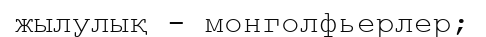
жылулық - монголфьерлер;